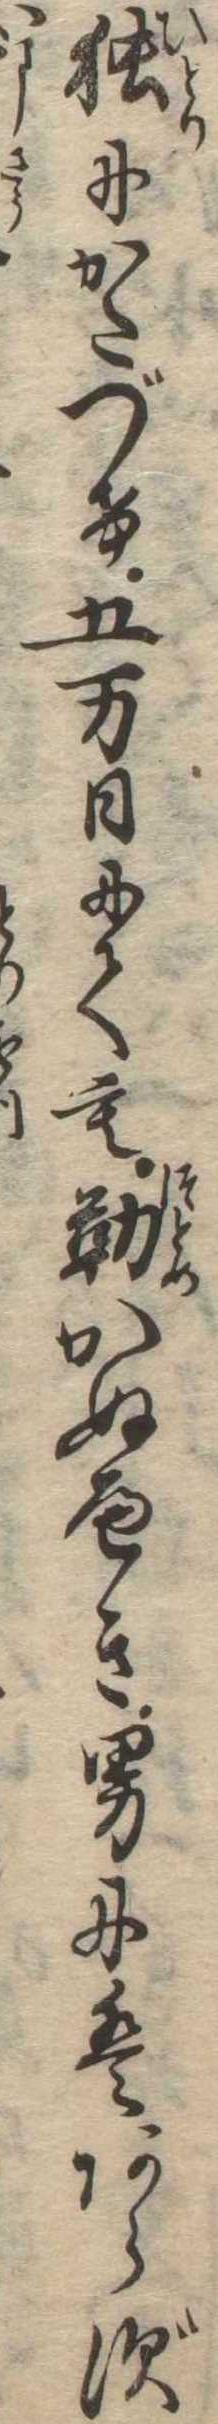
独にかたづけ五万日にても勤かぬへき男にはあらず